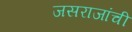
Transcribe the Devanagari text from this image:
जसराजांची